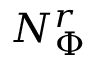
N _ { \Phi } ^ { r }